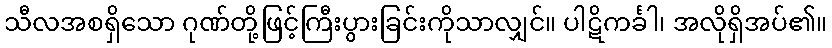
သီလအစရှိသော ဂုဏ်တို့ဖြင့်ကြီးပွားခြင်းကိုသာလျှင်။ ပါဋိကင်္ခါ၊ အလိုရှိအပ်၏။